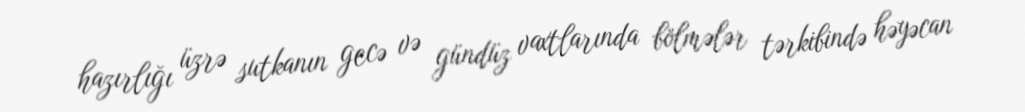
hazırlığı üzrə sutkanın gecə və gündüz vaxtlarında bölmələr tərkibində həyəcan